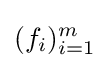
(f_{i})_{i=1}^{m}